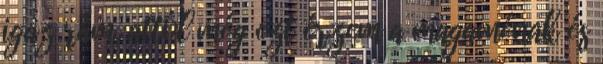
igaz rám, attól még ezt érzem a magaménak és